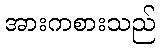
အားကစားသည်